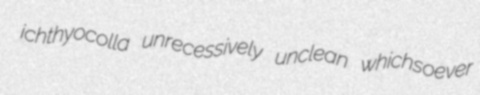
ichthyocolla unrecessively unclean whichsoever